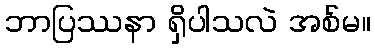
ဘာပြဿနာ ရှိပါသလဲ အစ်မ။